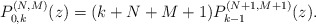
\begin{gather*} P_{0,k}^{(N,M) }(z) =(k+N+M+1) P_{k-1}^{(N+1,M+1) }(z) .\end{gather*}